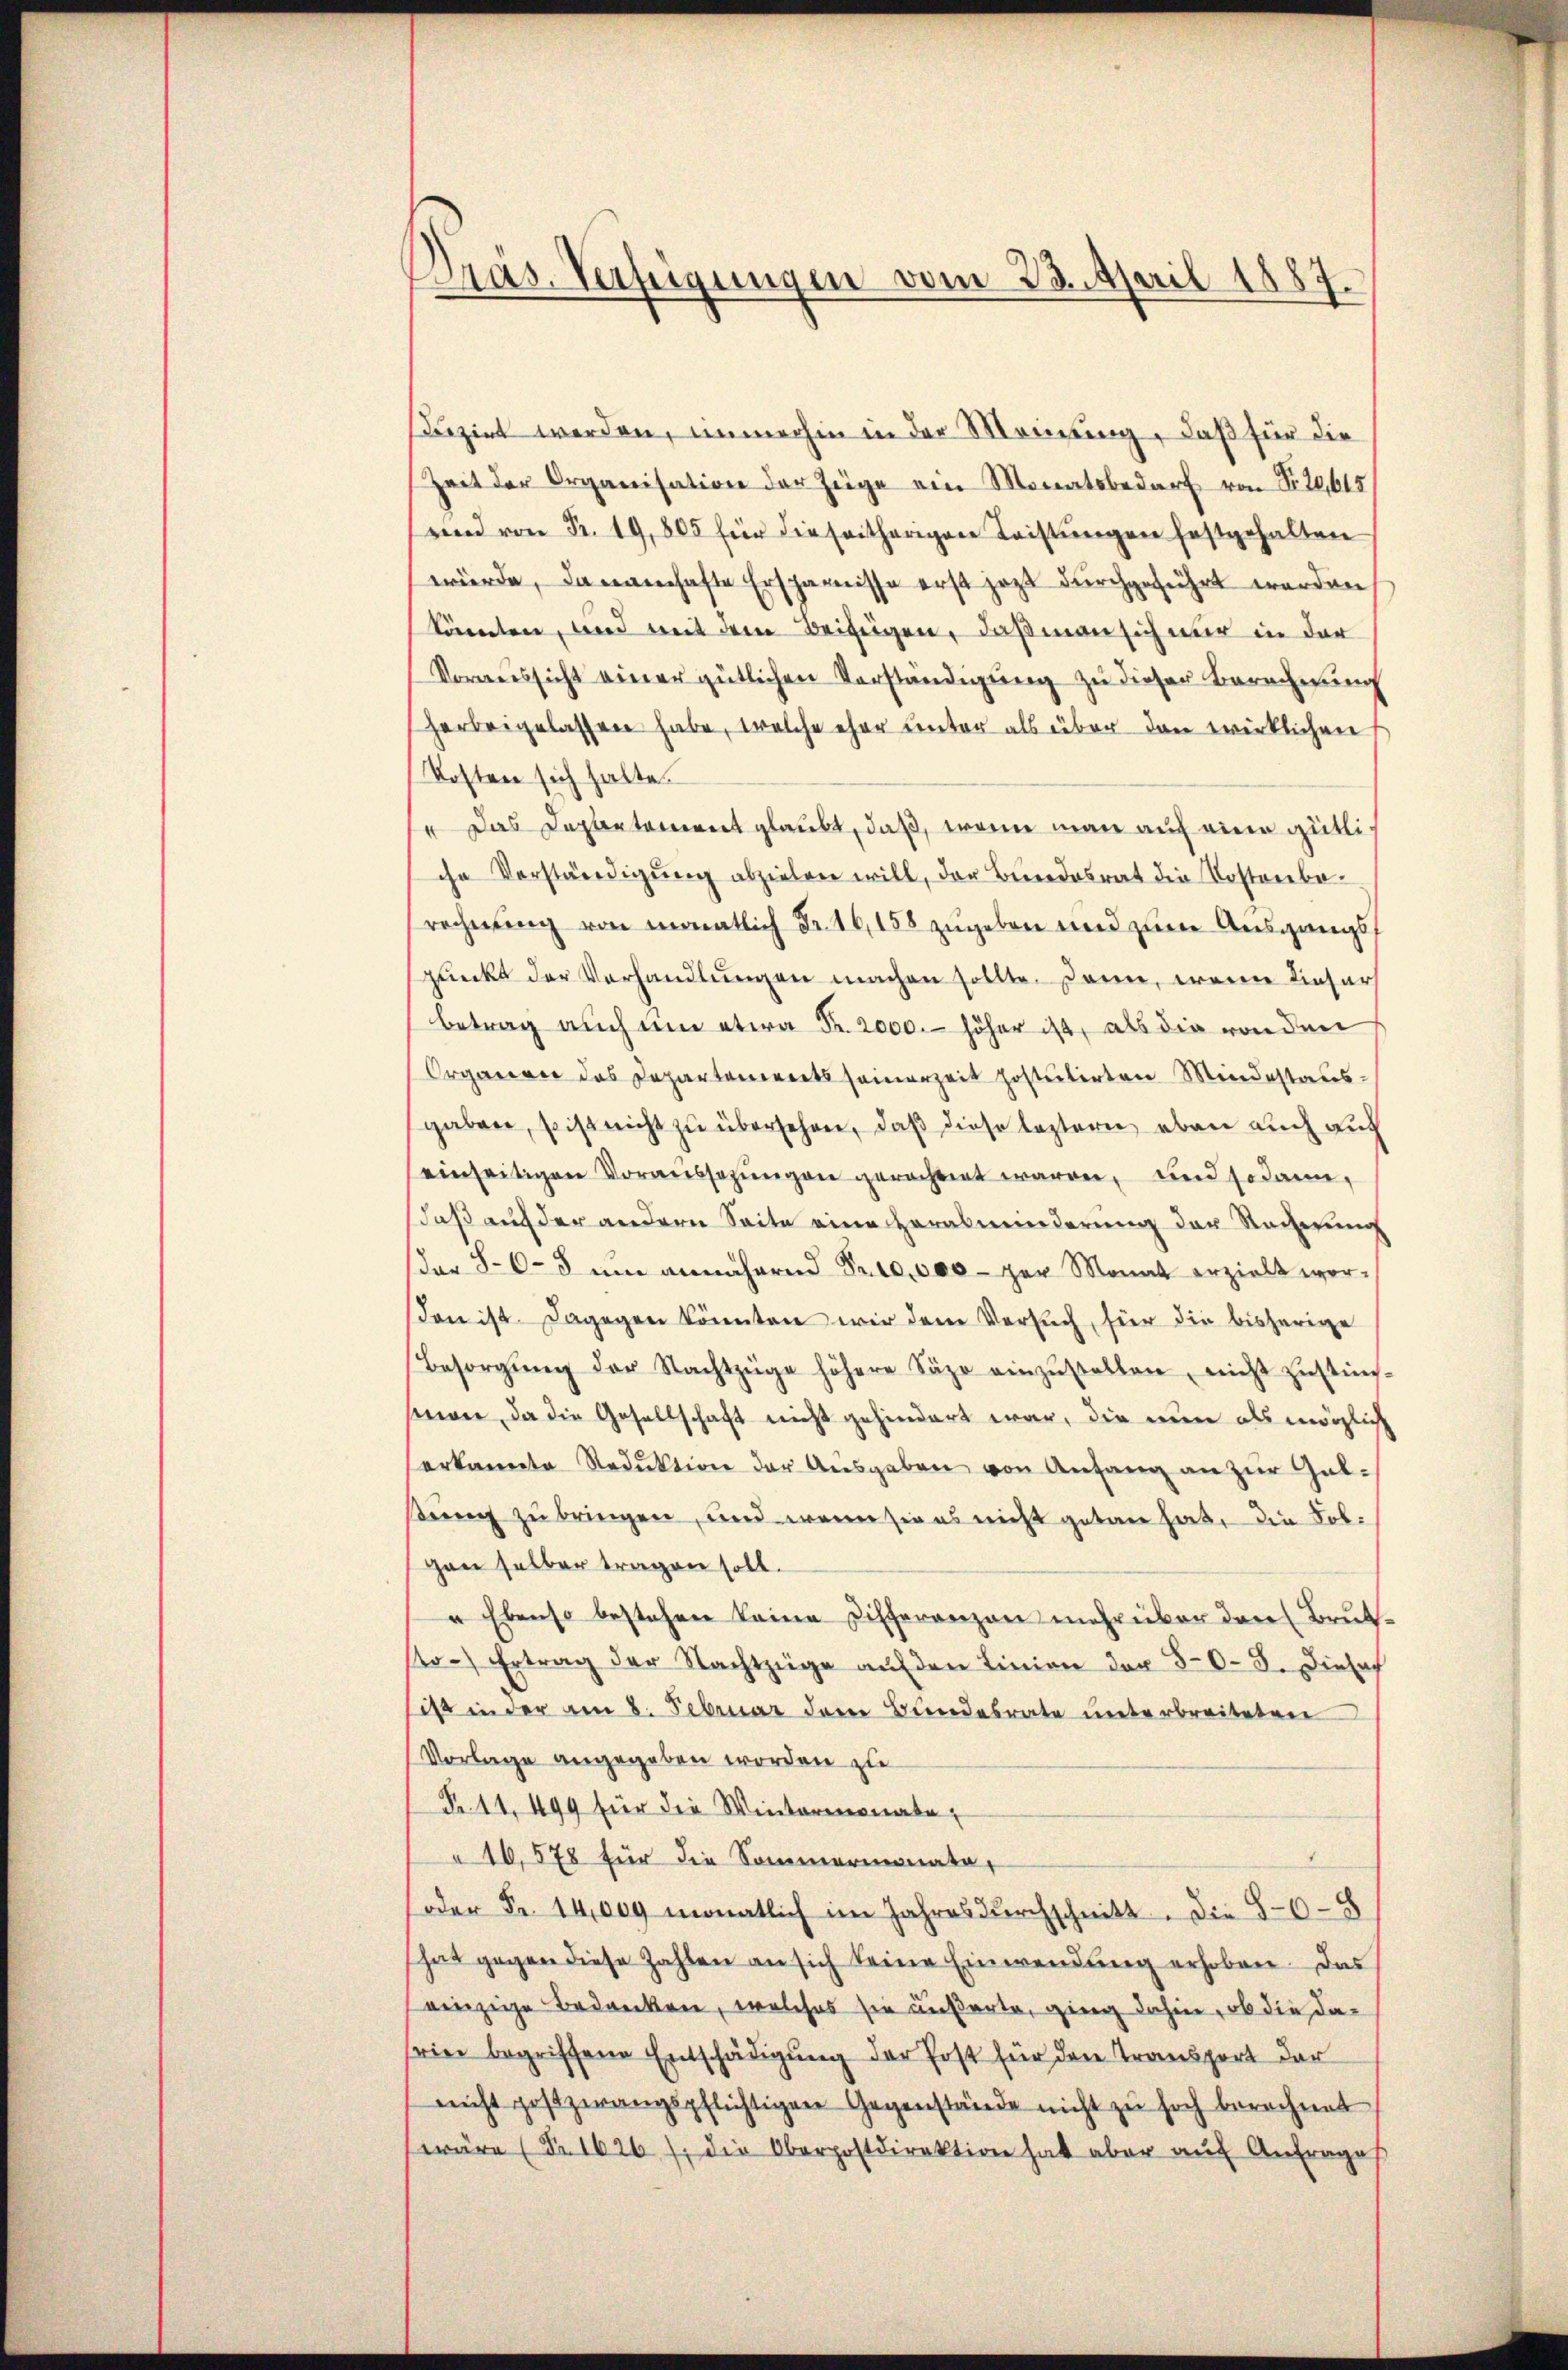
Dräs. Verfügungen vom 23. April 1887.

Dizirt werden, immerhin in der Meinung, daß für die
Zeit der Organisation der Züge ein Monatsbedarf von Nr. 22,615
end von Fr. 19,805 für die seitherigen Leistŭngen festgehalten
würde, danamhafte Ersparnisse erst jetzt durchgeführt werden
könnten, und mit dem Beifügen, daß man sich nur in der
Voraussicht einer gütlichen Verständigung zu dieser Berechnung
herbeigelassen habe, welche eher unter als über den wirklichen
Kosten sich halte.
 Das Departement glaubt, daß, wenn man auf eine gütliche Verständigŭng abzielen will, der Bundesrat die Kostenbe-
rechnŭng von monatlich Fr. 16, 158 zŭgeben und zum Ausgangs
pŭnkt der Verhandlŭngen machen sollte. Dann, wenn dieser
Betrag auch um etwa Fr. 2000.- höher ist, als die von den
Organge des Departements seinerzeit postulirten Mindestausgaben, so ist nicht zu übersehen, daß diese leztern eben auch auf
einseitigen Voraussezungen gerechnet waren, und sodann,
daß auch der andern Seite eine Herabminderung der Recherung
(der 86-5 um annähernd Pr10,000 - zur Monat erzielt worson ist. Dagegen könnten wir dem Versuch, für die bisherige
Besorgŭng der Nachtzüge höhere Säge einzŭstellen, nicht zŭstim-
singer, da die Gesellschaft nicht gehindert war, die nun als möglich
erkannte Reduktion der Ausgaben von Anfang an zur Gulturch zu bringen, und wenn sie es nicht getan hat, die Folgen selber tragen soll.
" Ebenso bestehen keine Differenzen mehr über den Brut-
to) Ertrag der Nachtzüge aŭf den Linien der 508. Diese
ist in der am 8. Februar dem Bundesrate unterbreiteten
Vorlage angegeben worden zu
R. 11. 499 für die Wintermonate,
16,578 für die Sommermonate,
oder Fr. 14,000 monatlich im Jahres durchschnitt. Die 50-8
hab gegen diese Zahlen an sich keine Einwendung erhoben. Das
einzige Bedanken, welches sie äußerte, ging dahin, ob die daseine begriffene Entschädigung der Post für den Transport der
nicht postzwangspflichtigen Gegenstände nicht zu hoch berechnet
wäre (Nr. 1626 f. die Oberpostdirektion hat aber auf Anfrages